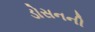
ડોસનની